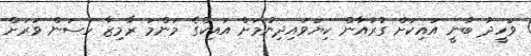
ވަހީދު ބުނީ އައިކަށް ގުރުއާން ކިޔަވައިދިނުމަށް އައިކްގެ މަންމަ ރާމިޒާ ހަސަން ވަރަށް